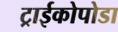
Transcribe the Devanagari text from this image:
ट्राईकोपोडा